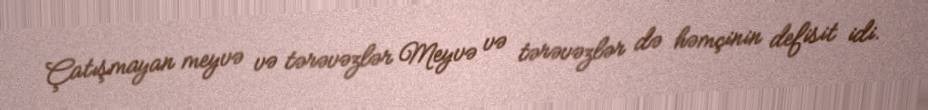
Çatışmayan meyvə və tərəvəzlər Meyvə və tərəvəzlər də həmçinin defisit idi.